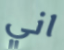
اني